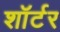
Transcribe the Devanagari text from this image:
शॉर्टर